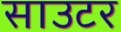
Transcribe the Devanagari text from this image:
साउटर